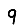
Digit: 9